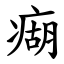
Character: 㾰